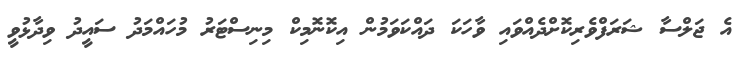
އެ ޖަލްސާ ޝަރަފްވެރިކޮށްދެއްވައި ވާހަކަ ދައްކަވަމުން އިކޮނޮމިކް މިނިސްޓަރު މުހައްމަދު ސައީދު ވިދާޅުވީ